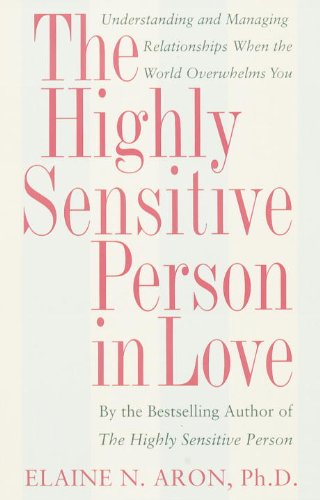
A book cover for The Highly Sensitive Person in Love: Understanding and Managing Relationships When the World Overwhelms You; Elaine Aron; Health, Fitness & Dieting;